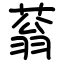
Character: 蓊